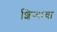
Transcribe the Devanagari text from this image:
शिर्‍याचा